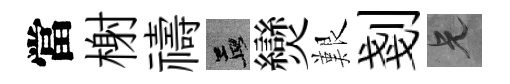
當榭禱孟𤓖艱剗兄